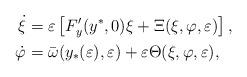
LaTeX: \begin{align*}\begin{aligned}\dot{\xi} &= \varepsilon \left[ F_{y}^{\prime}(y^{\ast}, 0) \xi + \Xi(\xi, \varphi, \varepsilon) \right],\\\dot{\varphi} &= \bar{\omega}(y_{\ast}(\varepsilon), \varepsilon) + \varepsilon \Theta(\xi, \varphi, \varepsilon),\end{aligned}\end{align*}